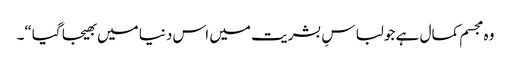
وہ مجسم کمال ہے جو لباسِ بشریت میں اس دنیا میں بھیجا گیا“۔